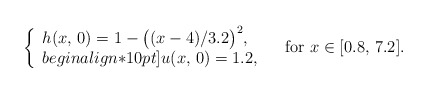
\begin{align*}\left\{\begin{array}{l}h(x,\,0)=1-\bigl((x-4)/3.2\bigr)^2,\\begin{align*}10pt]u(x,\,0)=1.2,\end{array}\right.\quad\hbox{for}~x\in[0.8,\,7.2].\end{align*}